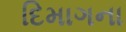
દિમાગના